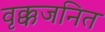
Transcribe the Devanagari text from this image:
वृक्कजनित